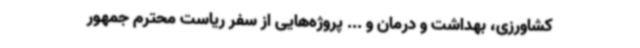
کشاورزی، بهداشت و درمان و ... پروژه‌هایی از سفر ریاست‌ محترم جمهور